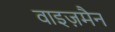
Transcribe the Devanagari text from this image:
वाइज़मैन